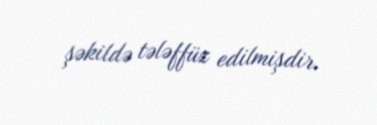
şəkildə tələffüz edilmişdir.